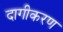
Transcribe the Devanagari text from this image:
दागीकरण